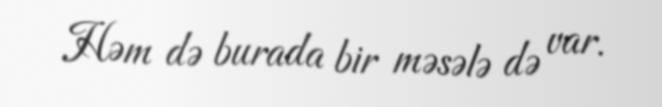
Həm də burada bir məsələ də var.